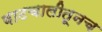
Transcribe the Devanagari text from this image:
वाटचालीतूनच